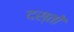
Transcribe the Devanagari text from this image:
दस्तोॅ